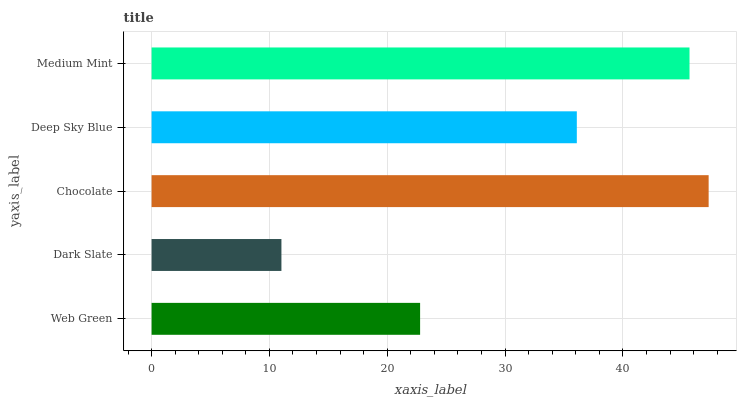
| yaxis_label | bars |
 | --- | --- |
 | Web Green | 22.8 |
 | Dark Slate | 11 |
 | Chocolate | 47.3 |
 | Deep Sky Blue | 36.1 |
 | Medium Mint | 45.7 |